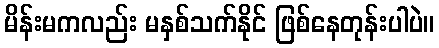
မိန်းမကလည်း မနှစ်သက်နိုင် ဖြစ်နေတုန်းပါပဲ။